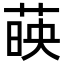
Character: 𦴤